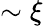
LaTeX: \sim\xi